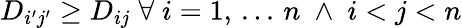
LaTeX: D_{i^{\prime}j^{\prime}}\geq D_{ij}\; \forall\; i=1,\, ...\, n\; \land\; i<j<n